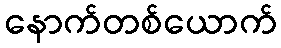
နောက်တစ်ယောက်